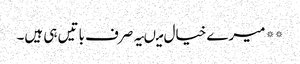
** میرے خیال میںیہ صرف باتیں ہی ہیں۔